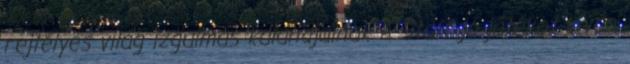
rejtélyes világ izgalmas kalandjainak A Staff jó játékot kíván